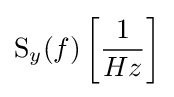
\operatorname {S} _{y}(f)\left[{\frac {1}{Hz}}\right]